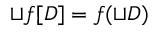
\sqcup f [ D ] = f ( \sqcup D )